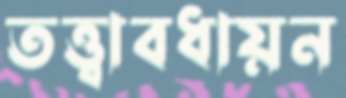
তত্ত্বাবধায়ন